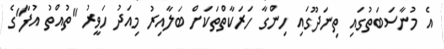
އެ މުނާސަބަތުގައި ތިނަދޫގައި ހިންގާ ހަރަކާތްތަކަށް ބަލާއިރު މިއަދު ހަވީރު "ތުއްތު އުފާ"ގެ